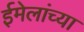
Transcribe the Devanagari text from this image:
ईमेलांच्या